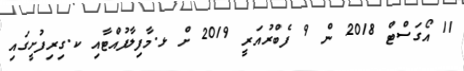
11 އޯގަސްޓް 2018 ން 9 ފެބްރުއަރީ 2019 ށް ޅ.މާފިލާފުއްޓާއި ކ.ގިރިފުށީގައި